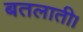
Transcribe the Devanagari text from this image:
बतलाती।